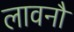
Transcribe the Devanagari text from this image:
लावनौ